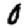
Digit: 0